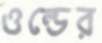
ওল্ডের